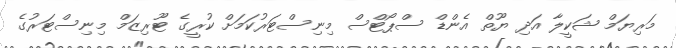
މަރިޔަމް ޝަކީލާ އަދި ޔޫތް އެންޑް ސްޕޯޓްސް މިނިސްޓަރުކަމަށް ކުރީގެ ޓޫރިޒަމް މިނިސްޓަރުގެ